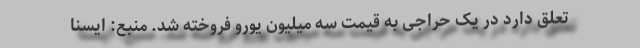
تعلق دارد در یک حراجی به قیمت سه میلیون یورو فروخته شد. منبع: ایسنا